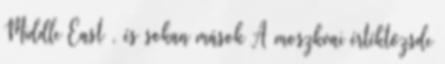
Middle East , és sokan mások A moszkvai értéktőzsde